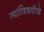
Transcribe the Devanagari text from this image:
त्यांविषयीचे